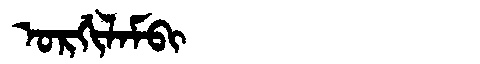
Manchu: ᠣᡵᡤᡳᠯᠠᠮᠪᡳ
Romanization: ORGILAMBI